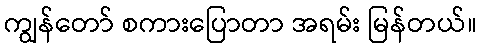
ကျွန်တော် စကားပြောတာ အရမ်း မြန်တယ်။